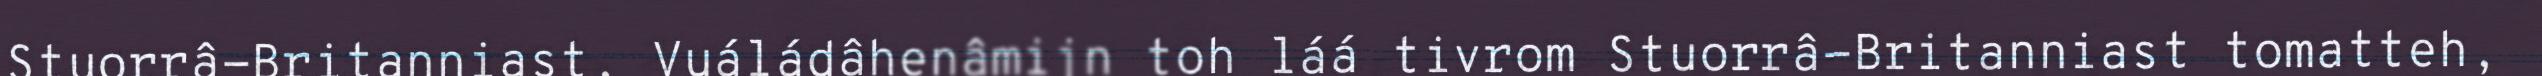
Stuorrâ-Britanniast, Vuáládâhenâmijn toh láá tivrom Stuorrâ-Britanniast tomatteh,